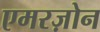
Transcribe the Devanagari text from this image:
एमरज़ोन